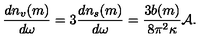
{ \frac { d n _ { v } ( m ) } { d \omega } } = 3 { \frac { d n _ { s } ( m ) } { d \omega } } = { \frac { 3 b ( m ) } { 8 \pi ^ { 2 } \kappa } } { \cal A } .